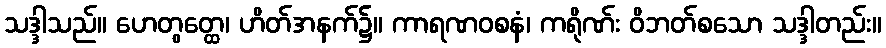
သဒ္ဒါသည်။ ဟေတွတ္ထေ၊ ဟိတ်အနက်၌။ ကာရဏဝစနံ၊ ကရိုဏ်း ဝိဘတ်စသော သဒ္ဒါတည်း။